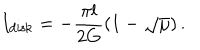
I _ { \mathrm { d i s k } } = - \frac { \pi l } { 2 G } ( 1 - \sqrt { \mu } ) \, .